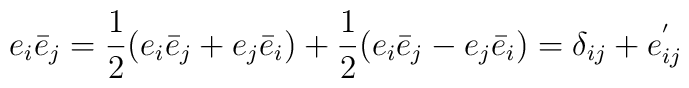
e_i \bar{e}_j =\frac{1}{2} (e_i \bar{e}_j+e_j \bar{e}_i) +\frac{1}{2}(e_i \bar{e}_j - e_j \bar{e}_i)=\delta_{ij}+e^{'}_{ij}